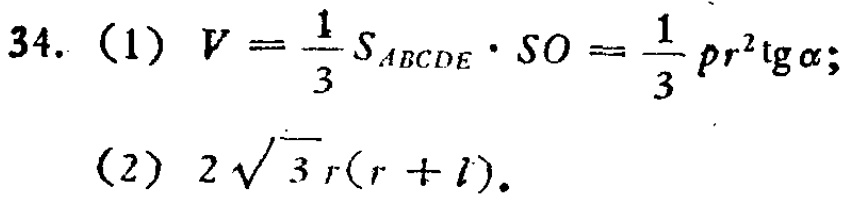
34. (1) \(V = \frac{1}{3}S_{ABCDE} \cdot SO=\frac{1}{3}pr^{2}\tg\alpha\);
(2) \(2\sqrt{3}r(r + l)\).